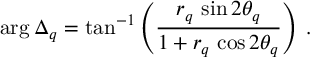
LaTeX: \mathrm { a r g } \: \Delta _ { q } = \mathrm { t a n } ^ { - 1 } \left( \frac { r _ { q } \, \sin 2 \theta _ { q } } { 1 + r _ { q } \, \cos 2 \theta _ { q } } \right) \: .